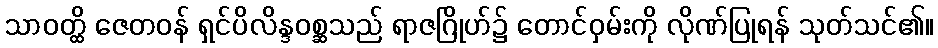
သာဝတ္ထိ ဇေတဝန် ရှင်ပိလိန္ဒဝစ္ဆသည် ရာဇဂြိုဟ်၌ တောင်ဝှမ်းကို လိုဏ်ပြုရန် သုတ်သင်၏။